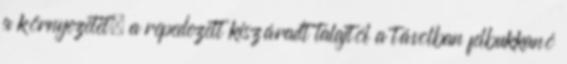
a környezetet, a repedezett kiszáradt talajtól a távolban felbukkanó